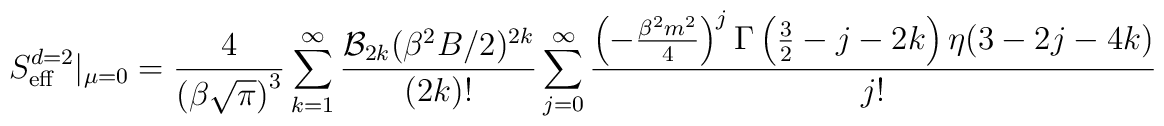
S_{\rm eff}^{d=2}|_{\mu=0}= {4\over \left( \beta \sqrt{\pi} \right)^{3}}  \sum_{k=1}^\infty{{\cal B}_{2k}(\beta^2 B / 2)^{2k}\over (2k)!}  \sum_{j=0}^\infty {\left(- {\beta^2m^2\over 4}\right)^j    \Gamma\left(\frac{3}{2}-j-2k\right)\eta(3-2j-4k)\over j!}